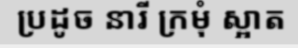
ប្រដូច នារី ក្រមុំ ស្អាត